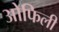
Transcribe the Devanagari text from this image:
ओफिली